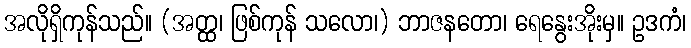
အလိုရှိကုန်သည်။ (အတ္ထ၊ ဖြစ်ကုန် သလော၊) ဘာဇနတော၊ ရေနွေးအိုးမှ။ ဥဒကံ၊